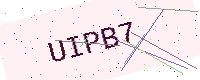
Text: UIPB7